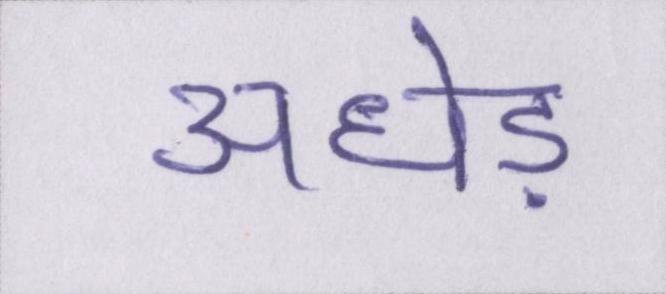
अधेड़